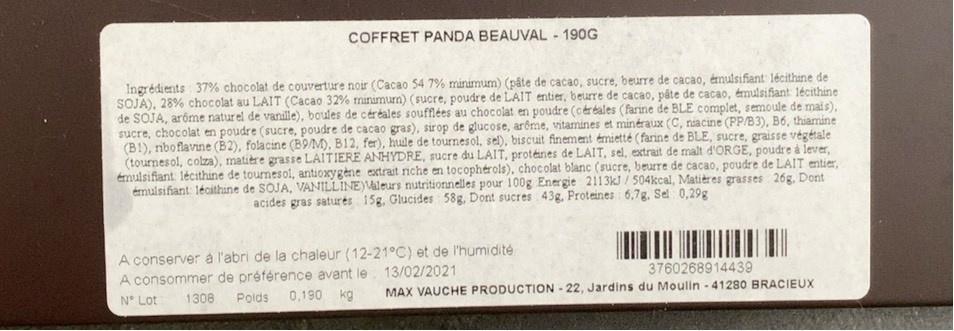
COFFRET PANDA BEAUVAL - 190G
Ingrédients 37% chocolat de couverture noir (Cacao 54 7% minimum) (pâte de cacao, sucre, beurre de cacao, émulsifiant lécithine de SOJA), 28% chocolat au LAIT (Cacao 32% minimum) (sucre, poudre de LAIT entier, beurre de cacao, pâte de cacao, émulsifiant lécithine de SOJA, arôme naturel de vanille), boules de céréales soufflées au chocolat en poudre (céréales (farine de BLE complet, semoule de mais), sucre, chocolat en poudre (sucre, poudre de cacao gras), sirop de glucose, arôme, vitamines et minéraux (C, niacine (PP/B3), B6, thiamine (B1), riboflavine (B2), folacine (B9/M), B12, fer), huile de tournesol, sel), biscuit finement émietté (farine de BLE, sucre, graisse végétale (tournesol, colza), matière grasse LAITIERE ANHYDRE, sucre du LAIT, protéines de LAIT, sel, extrait de malt d'ORGE, poudre à lever, émulsifiant lécithine de tournesol, antioxygène extrait riche en tocophérols), chocolat blanc (sucre, beurre de cacao, poudre de LAIT entier, émulsifiant: lécithine de SOJA, VANILLINE)Valeurs nutritionnelles pour 100g Energie 2113kJ/504kcal, Matières grasses 26g. Dont acides gras saturés 15g, Glucides 58g. Dont sucres 43g. Proteines 6,7g. Sel 0,29g
A conserver à l'abri de la chaleur (12-21°C) et de l'humidité A consommer de préférence avant le 13/02/2021
N° Lot
1308 Polds 0,190 kg
3760268914439
MAX VAUCHE PRODUCTION -22, Jardins du Moulin - 41280 BRACIEUX